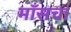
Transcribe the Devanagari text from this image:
माँसचा